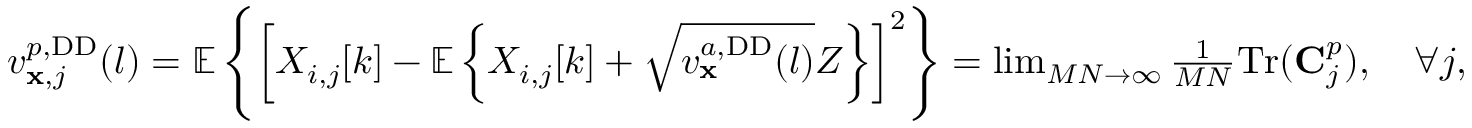
\begin{array} { r } { v _ { \mathbf { x } , j } ^ { p , \mathrm { D D } } ( l ) = \mathbb { E } \left\{ \left[ X _ { i , j } [ k ] - \mathbb { E } \left\{ X _ { i , j } [ k ] + \sqrt { v _ { \mathbf { x } } ^ { a , \mathrm { D D } } ( l ) } Z \right\} \right] ^ { 2 } \right\} = \operatorname* { l i m } _ { M N \rightarrow \infty } \frac { 1 } { M N } \mathrm { T r } ( \mathbf { C } _ { j } ^ { p } ) , \quad \forall j , } \end{array}